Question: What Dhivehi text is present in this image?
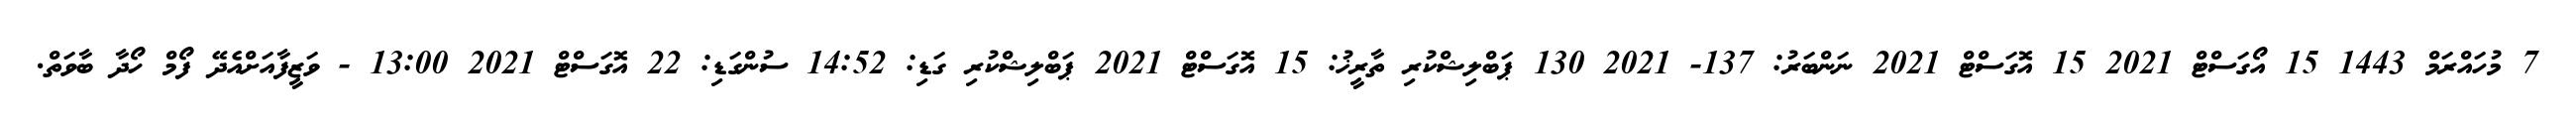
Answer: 7 މުހައްރަމް 1443 15 އޯގަސްޓް 2021 15 އޮގަސްޓް 2021 ނަންބަރު: 137- 2021 130 ޕަބްލިޝްކުރި ތާރީޚު: 15 އޮގަސްޓް 2021 ޕަބްލިޝްކުރި ގަޑި: 14:52 ސުންގަޑި: 22 އޮގަސްޓް 2021 13:00 - ވަޒީފާއަށްއެދޭ ފޯމް ހޯދާ ބާވަތް.